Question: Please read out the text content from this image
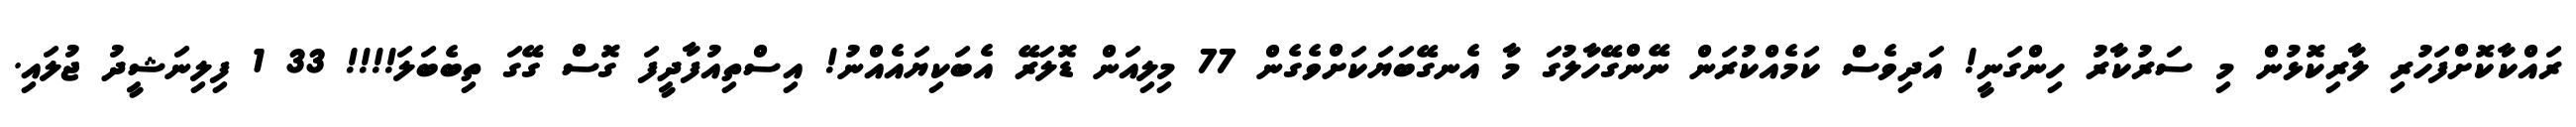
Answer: ރައްކާކޮށްފަހުރި ލާރިކޮޅުން މި ސަރުކާރު ހިންގަނީ! އަދިވެސް ކަމެއްކުރަން ނޭންގޭހާލުގަ މާ އެނގޭބަޔަކަށްވެގެން 77 މިލިއަން ޑޮލަރޭ އެބަކިޔައެއްނު! އިސްތިއުފާދީފަ ގޮސް ގޭގަ ތިބެބަލަ!!!! 33 1 ފިލިނަޝީދު ޖުލައި.